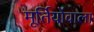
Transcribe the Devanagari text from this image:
मूर्तियोंवाला